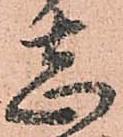
志